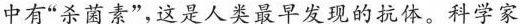
中有“杀菌素”,这是人类最早发现的抗体。科学家